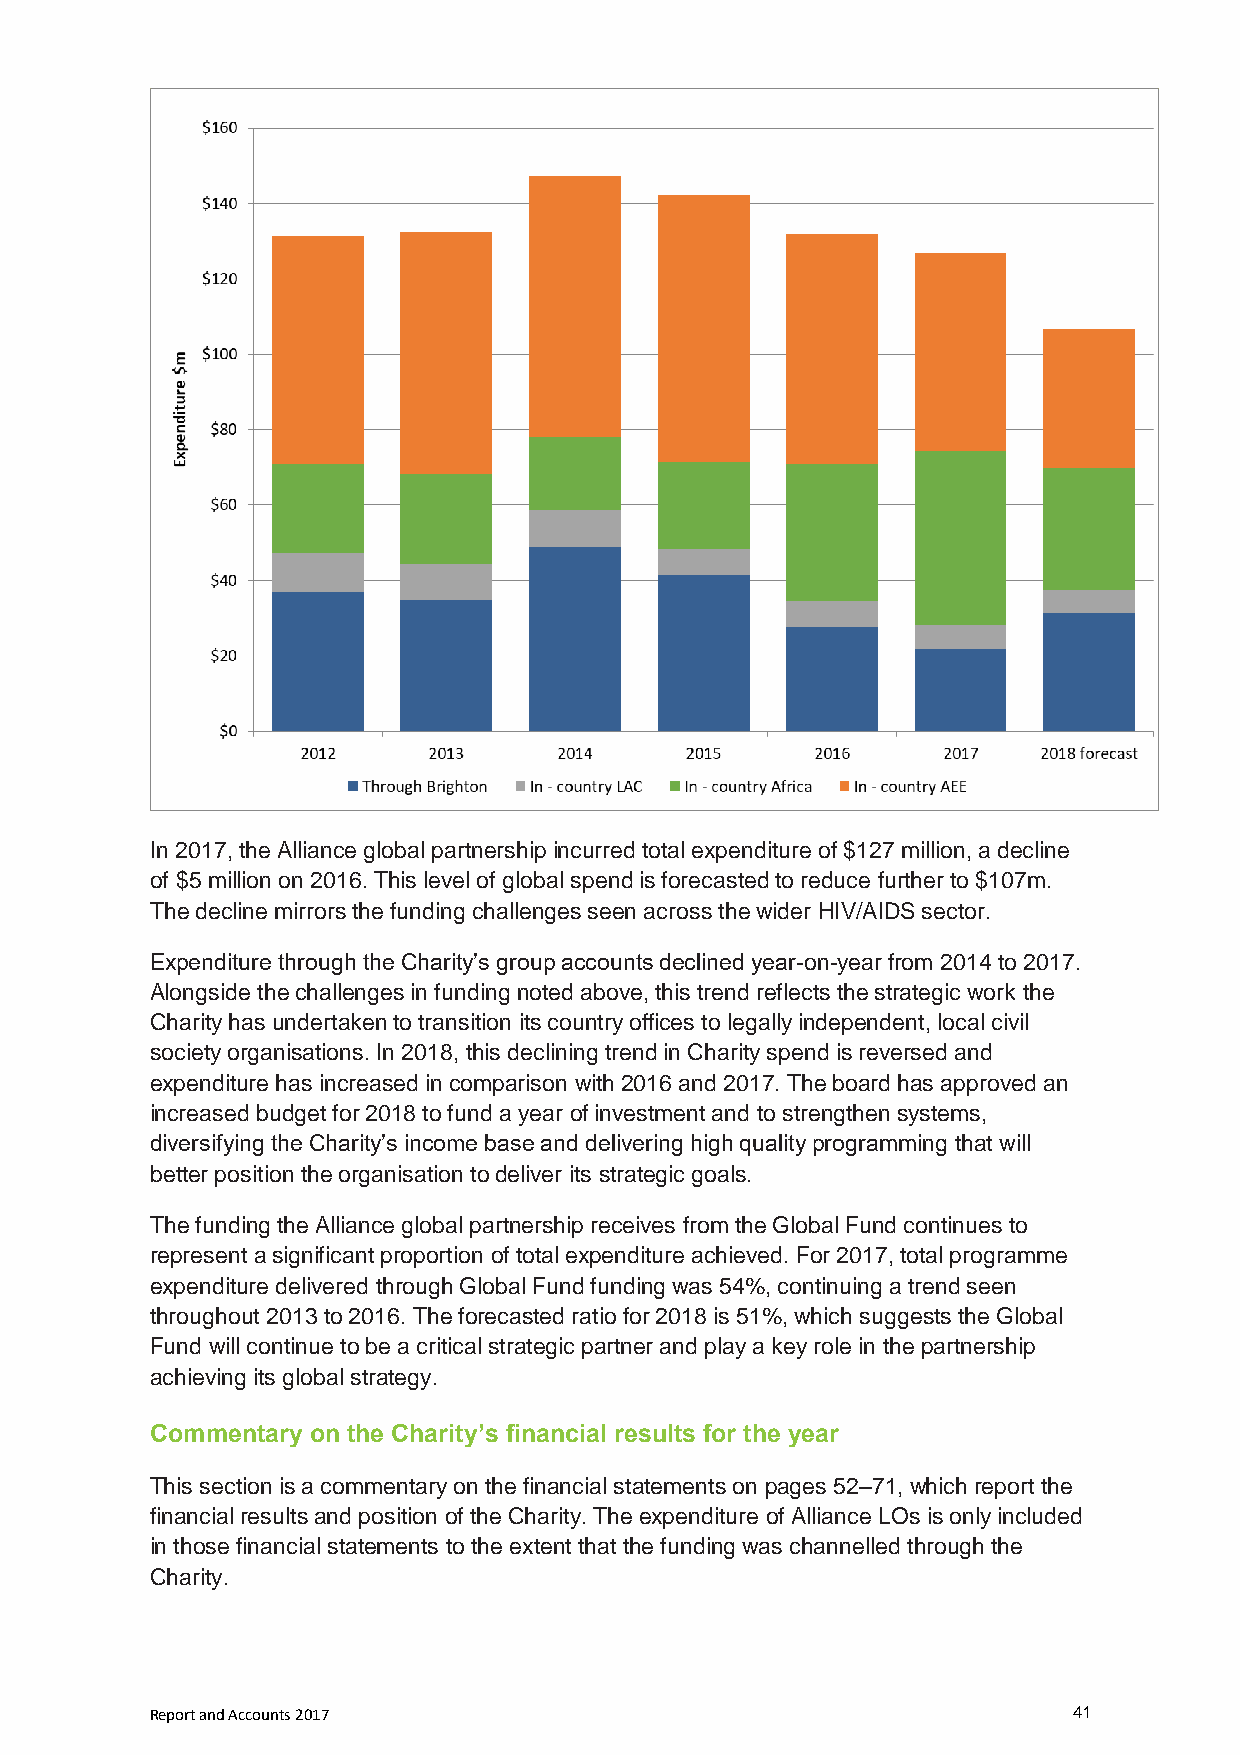
In 2017, the Alliance global partnership incurred total expenditure of $127 million, a decline
 of $5 million on 2016. This level of global spend is forecasted to reduce further to $107m.
 The decline mirrors the funding challenges seen across the wider HIV/AIDS sector.
 Expenditure through the Charity’s group accounts declined year-on-year from 2014 to 2017.
 Alongside the challenges in funding noted above, this trend reflects the strategic work the
 Charity has undertaken to transition its country offices to legally independent, local civil
 society organisations. In 2018, this declining trend in Charity spend is reversed and
 expenditure has increased in comparison with 2016 and 2017. The board has approved an
 increased budget for 2018 to fund a year of investment and to strengthen systems,
 diversifying the Charity’s income base and delivering high quality programming that will
 better position the organisation to deliver its strategic goals.
 The funding the Alliance global partnership receives from the Global Fund continues to
 represent a significant proportion of total expenditure achieved. For 2017, total programme
 expenditure delivered through Global Fund funding was 54%, continuing a trend seen
 throughout 2013 to 2016. The forecasted ratio for 2018 is 51%, which suggests the Global
 Fund will continue to be a critical strategic partner and play a key role in the partnership
 achieving its global strategy.
 Commentary on the Charity’s financial results for the year
 This section is a commentary on the financial statements on pages 52–71, which report the
 financial results and position of the Charity. The expenditure of Alliance LOs is only included
 in those financial statements to the extent that the funding was channelled through the
 Charity.
 Report and Accounts 2017                                     41